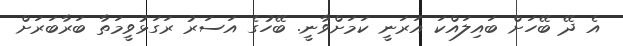
އެ ދޭ ބޭހަށް ބައިލައްކަ އަރަނީ ކަމަށްވާނީ. ބޭހުގެ އަސަރު ރަގަޅުވީމަތާ ބަރާބަރަށް